Report of an investigation into the causes of malaria in Bombay and the measures necessary for its control
Disease focus: Malaria
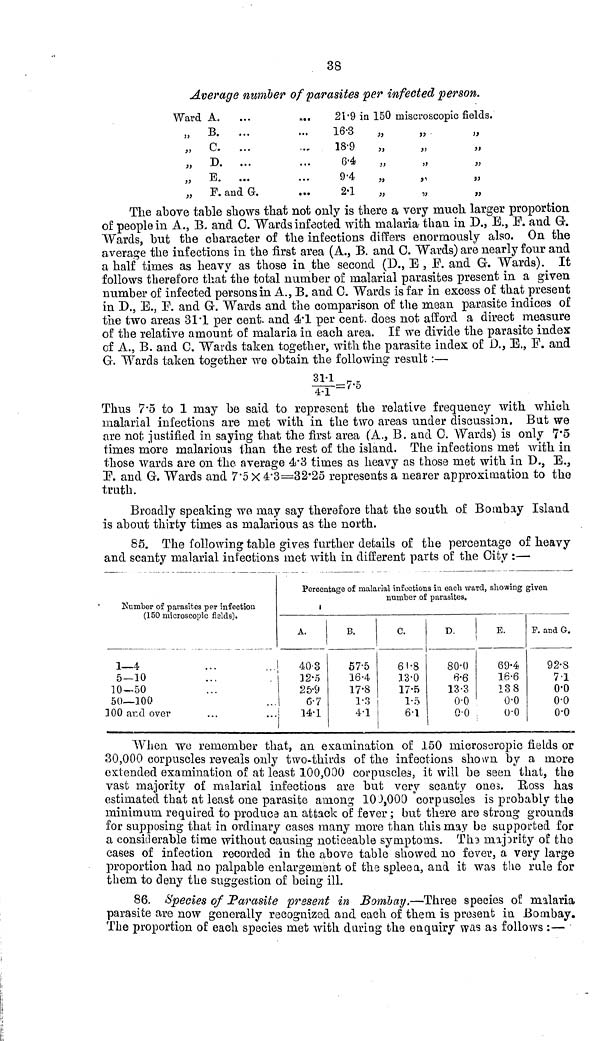
38
Average number of parasites per infected person.
Ward A.
„ B. ...
„ C. ...
„ D. ...
„ B
„
F. and G.
21.9 in 150 miscroscopic fields.
16.3
18.9
6.4
9.4
2.1
The above table shows that not only is there a very much larger proportion
of people in A., B. and C. Wards infected with malaria than in D., E., E. and G.
Wards, but the character of the infections differs enormously also. On the
average the infections in the first area (A., B. and 0. Wards) are nearly four and
a half times as heavy as those in the second (D., E , E. and G. Wards). It
follows therefore that the total number of malarial parasites present in a given
number of infected persons in A., B. and 0. Wards is far in excess of that present
in D., E., E. and G. Wards and the comparison of the mean parasite indices of
the two areas 31.1 per cent. and 4.1 per cent. does not. afford a direct measure
of the relative amount of malaria in each area. If we divide the parasite index
of A., B. and C. Wards taken together, with the parasite index of D., E., F. and
G. Wards taken together we obtain the following result :—
Thus 7.5 to 1 may be said to represent the relative frequency with which
malarial infections are met with in the two areas under discussion. Bat we
are not justified in saying that the first area (A., B. and 0. Wards) is only 7.5
times more malarious than the rest of the island. The infections met with in
those wards are on the average 4.3 times as heavy as those met with in D., E.,
E. and G. Wards and 7.5 X 4.3=32.25 represents a nearer approximation to the
truth.
Broadly speaking we may say therefore that the south of Bombay Island
is about thirty times as malarious as the north.
85. The following table gives further details of the percentage of heavy
and scanty malarial in lections met with in different parts of the City :—
Number of parasites per infection
(150 microscopic fields).
1—4
5—10
10-50
50—100
100 and over
Percentage of malarial infections in each ward, showing given
number of parasites.
A.
40.3
12.5
25.9
6.7
14.1
B.
57.5
16.4
17.8
1.3
4.1
c.
61.8
13.0
17.5
1.5
6.1
D.
80.0
6.6
13.3
0.0
0.0
E.
69.4
16.6
13 8
0.0
0.0
F. and G.
92.8
71
0.0
0.0
0.0
When we remember that, an examination of 150 microscropic fields or
30,000 corpuscles reveals only two-thirds of the infections shown by a more
extended examination of at least 100,000 corpuscles, it will be seen" that, the
vast majority of malarial infectious are but very scanty ones. Ross has
estimated that at least one parasite among 103,000 "corpuscles is probably the
minimum required to produce an attack of fever ; but there are strong grounds
for supposing that in ordinary cases many more than this may be supported for
a considerable time without causing noticeable symptoms. The majority of the
cases of infection recorded in the above table showed no fever, a very large
proportion had no palpable enlargement of the spleen, and it was the rule for
them to deny the suggestion of being ill.
86. Species of Tarasite present in Bombay.—Three species of malaria
parasite are now generally recognized and each of them is present in Bombay.
The proportion of each species met with during the enquiry was as follows :—